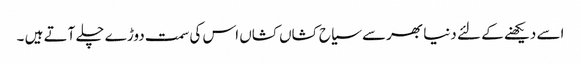
اسے دیکھنے کے لئے دنیا بھرسے سیاح کشاں کشاں اس کی سمت دوڑے چلے آتے ہیں ۔